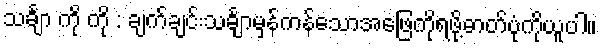
သင်္ချာ ကို ကို : ချက်ချင်းသင်္ချာမှန်ကန်သောအဖြေကိုရဖို့ဓာတ်ပုံကိုယူပါ။